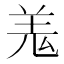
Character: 羗